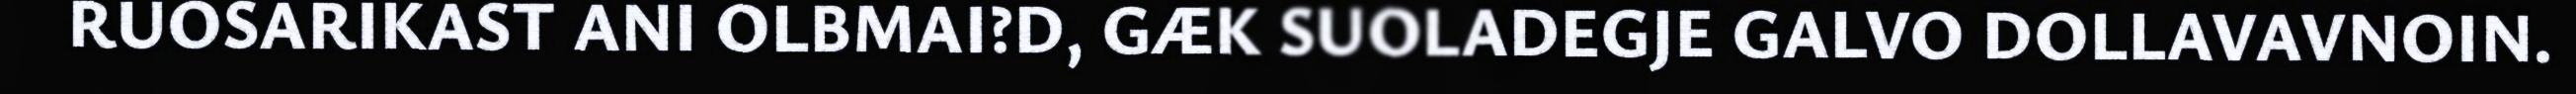
RUOSARIKAST ANI OLBMAI?D, GÆK SUOLADEGJE GALVO DOLLAVAVNOIN.